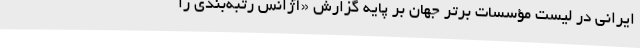
ایرانی در لیست مؤسسات برتر جهان بر پایه گزارش «آژانس رتبه‌بندی را